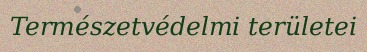
Természetvédelmi területei